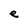
Character: e